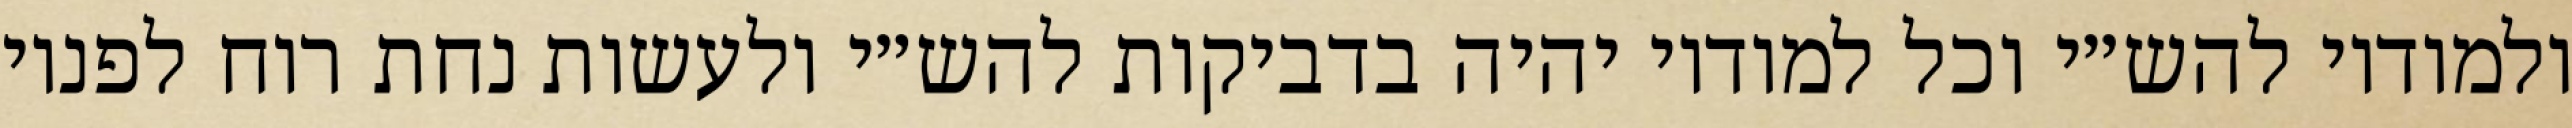
ולמודיו להש״י וכל למודיו יהיה בדביקות להש״י ולעשות נחת רוח לפניו